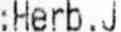
:HERB,J